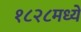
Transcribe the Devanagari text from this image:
१८२८मध्ये